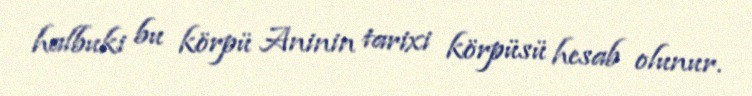
halbuki bu körpü Aninin tarixi körpüsü hesab olunur.